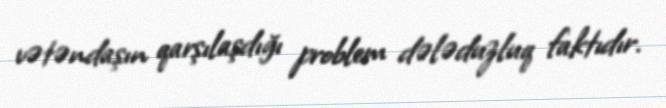
vətəndaşın qarşılaşdığı problem dələduzluq faktıdır.